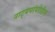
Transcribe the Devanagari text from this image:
नाट्यपरंपरेतील